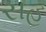
સહ